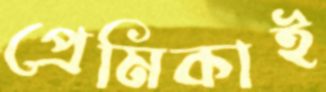
প্রেমিকাই